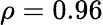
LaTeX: \rho=0.96